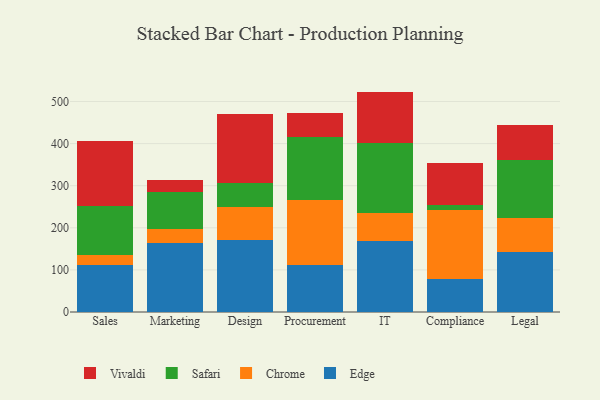
{"axis": {"x": "Department", "y": "Energy Usage (MWh)"}, "legend": ["Chrome", "Edge", "Safari", "Vivaldi"], "data": [{"x": "Sales", "y": 111.5, "type": "Edge"}, {"x": "Sales", "y": 23.1, "type": "Chrome"}, {"x": "Sales", "y": 118.3, "type": "Safari"}, {"x": "Sales", "y": 152.9, "type": "Vivaldi"}, {"x": "Marketing", "y": 163.2, "type": "Edge"}, {"x": "Marketing", "y": 32.8, "type": "Chrome"}, {"x": "Marketing", "y": 88.3, "type": "Safari"}, {"x": "Marketing", "y": 30.3, "type": "Vivaldi"}, {"x": "Design", "y": 172.0, "type": "Edge"}, {"x": "Design", "y": 77.4, "type": "Chrome"}, {"x": "Design", "y": 56.3, "type": "Safari"}, {"x": "Design", "y": 165.2, "type": "Vivaldi"}, {"x": "Procurement", "y": 111.6, "type": "Edge"}, {"x": "Procurement", "y": 154.9, "type": "Chrome"}, {"x": "Procurement", "y": 148.5, "type": "Safari"}, {"x": "Procurement", "y": 57.6, "type": "Vivaldi"}, {"x": "IT", "y": 167.7, "type": "Edge"}, {"x": "IT", "y": 68.2, "type": "Chrome"}, {"x": "IT", "y": 164.4, "type": "Safari"}, {"x": "IT", "y": 123.2, "type": "Vivaldi"}, {"x": "Compliance", "y": 79.3, "type": "Edge"}, {"x": "Compliance", "y": 162.9, "type": "Chrome"}, {"x": "Compliance", "y": 12.5, "type": "Safari"}, {"x": "Compliance", "y": 98.1, "type": "Vivaldi"}, {"x": "Legal", "y": 143.3, "type": "Edge"}, {"x": "Legal", "y": 78.8, "type": "Chrome"}, {"x": "Legal", "y": 139.4, "type": "Safari"}, {"x": "Legal", "y": 82.0, "type": "Vivaldi"}]}